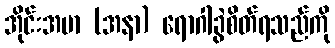
အိုင်းအမာ (အနာ) ရောဂါခွဲစိတ်ရသည်ကို